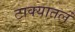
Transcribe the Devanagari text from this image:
टाक्यातलं